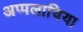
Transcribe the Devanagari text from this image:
अप्पलाचिया